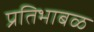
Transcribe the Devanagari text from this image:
प्रतिभाबळ